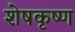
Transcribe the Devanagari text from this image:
शेषकृष्ण